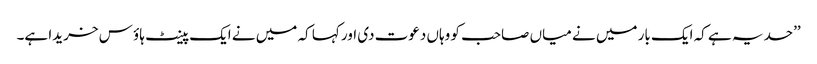
’’حد یہ ہے کہ ایک بار میں نے میاں صاحب کو وہاں دعوت دی اور کہا کہ میں نے ایک پینٹ ہاؤ س خریدا ہے۔